Annual administration report of the Civil Veterinary Department of India - 1896-1897
Year: 1896
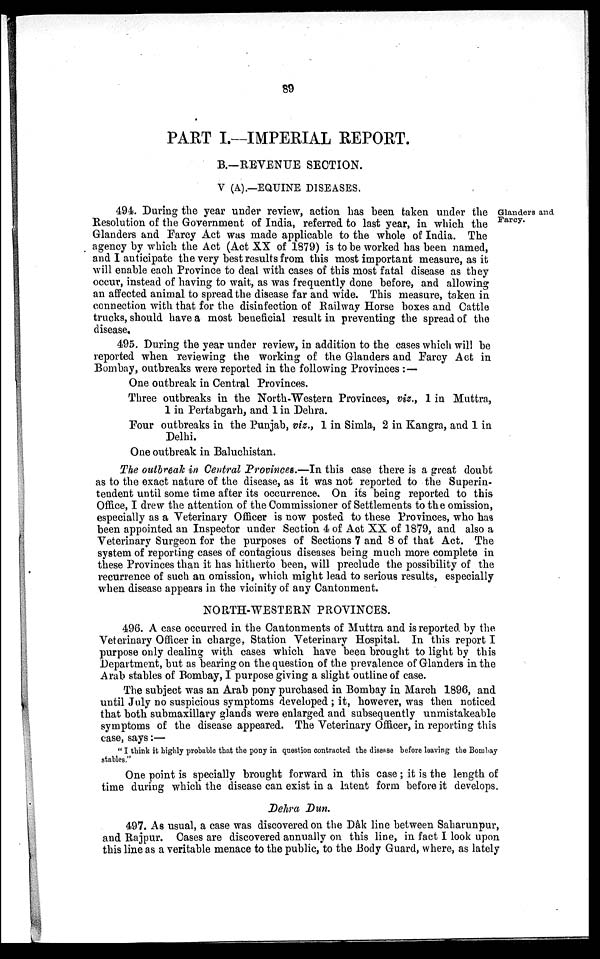
89
PART I.—IMPERIAL REPORT.
B.—REVENUE SECTION.
V (A).—EQUINE DISEASES.
Glanders and
Farcy.
494. During the year under review, action has been taken under the
Resolution of the Government of India, referred to last year, in which the
Glanders and Farcy Act was made applicable to the whole of India. The
agency by which the Act (Act XX of 1879) is to be worked has been named,
and I anticipate the very best results from this most important measure, as it
will enable each Province to deal with cases of this most fatal disease as they
occur, instead of having to wait, as was frequently done before, and allowing
an affected animal to spread the disease far and wide. This measure, taken in
connection with that for the disinfection of Railway Horse boxes and Cattle
trucks, should have a most beneficial result in preventing the spread of the
disease.
495. During the year under review, in addition to the cases which will be
reported when reviewing the working of the Glanders and Farcy Act in
Bombay, outbreaks were reported in the following Provinces:—
One outbreak in Central Provinces.
Three outbreaks in the North-Western Provinces, viz., 1 in Muttra,
1 in Pertabgarh, and 1 in Dehra.
Four outbreaks in the Punjab, viz., 1 in Simla, 2 in Kangra, and 1 in
Delhi.
One outbreak in Baluchistan.
The outbreak in Central Provinces.—In this case there is a great doubt
as to the exact nature of the disease, as it was not reported to the Superin-
tendent until some time after its occurrence. On its being reported to this
Office, I drew the attention of the Commissioner of Settlements to the omission,
especially as a Veterinary Officer is now posted to these Provinces, who has
been appointed an Inspector under Section 4 of Act XX of 1879, and also a
Veterinary Surgeon for the purposes of Sections 7 and 8 of that Act. The
system of reporting cases of contagious diseases being much more complete in
these Provinces than it has hitherto been, will preclude the possibility of the
recurrence of such an omission, which might lead to serious results, especially
when disease appears in the vicinity of any Cantonment.
NORTH-WESTERN PROVINCES.
496. A case occurred in the Cantonments of Muttra and is reported by the
Veterinary Officer in charge, Station Veterinary Hospital. In this report I
purpose only dealing with cases which have been brought to light by this
Department, but as bearing on the question of the prevalence of Glanders in the
Arab stables of Bombay, I purpose giving a slight outline of case.
The subject was an Arab pony purchased in Bombay in March 1896, and
until July no suspicious symptoms developed; it, however, was then noticed
that both submaxillary glands were enlarged and subsequently unmistakeable
symptoms of the disease appeared. The Veterinary Officer, in reporting this
case, says:—
"I think it highly probable that the pony in question contracted the disease before leaving the Bombay
stables."
One point is specially brought forward in this case; it is the length of
time during which the disease can exist in a latent form before it develops.
Dehra Dun.
497. As usual, a case was discovered on the Dâk line between Saharunpur,
and Rajpur. Cases are discovered annually on this line, in fact I look upon
this line as a veritable menace to the public, to the Body Guard, where, as lately